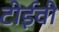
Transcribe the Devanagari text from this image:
टीईवी